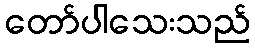
တော်ပါသေးသည်